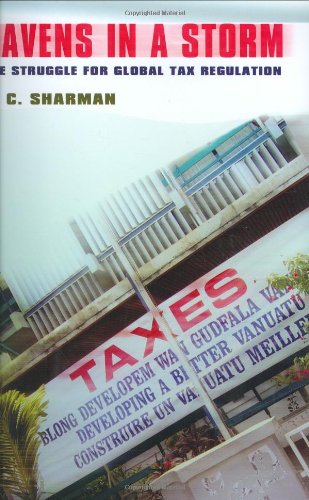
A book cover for Havens in a Storm: The Struggle for Global Tax Regulation (Cornell Studies in Political Economy); J. C. Sharman; Law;